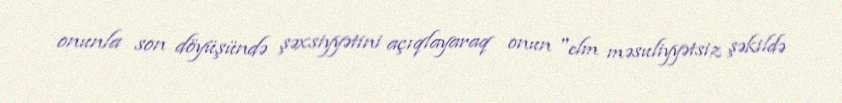
onunla son döyüşündə şəxsiyyətini açıqlayaraq onun "elm məsuliyyətsiz şəkildə